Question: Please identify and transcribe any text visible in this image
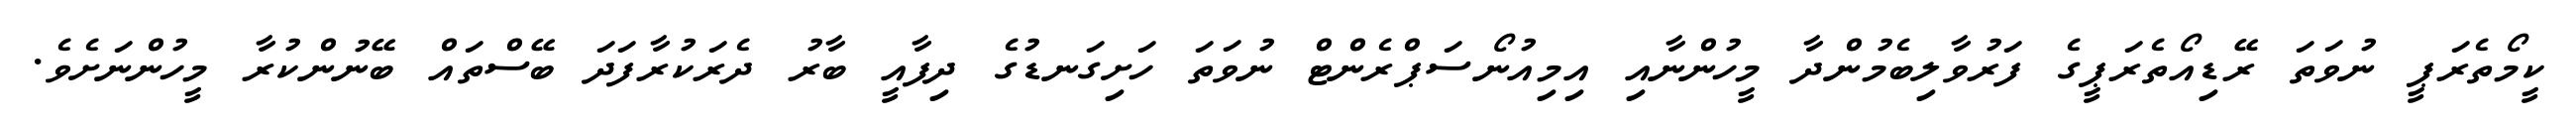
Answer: ކީމޯތެރަޕީ ނުވަތަ ރޭޑިއޯތެރަޕީގެ ފަރުވާލިބެމުންދާ މީހުންނާއި އިމިއުނޯސަޕްރެންޓް ނުވަތަ ހަށިގަނޑުގެ ދިފާއީ ބާރު ދެރަކުރާފަދަ ބޭސްތައް ބޭނުންކުރާ މީހުންނަށެވެ.